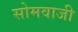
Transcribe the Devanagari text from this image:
सोमवाजी